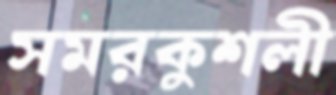
সমরকুশলী